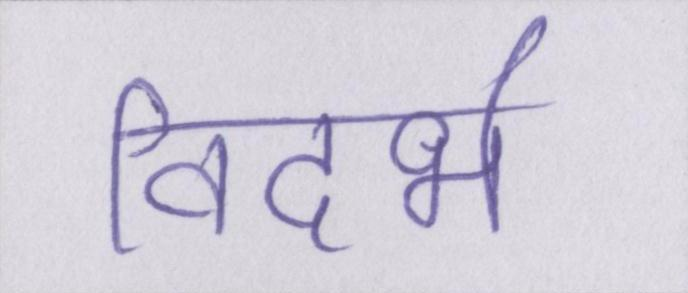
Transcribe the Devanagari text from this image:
विदर्भ